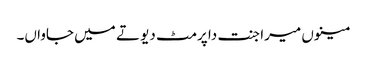
مینوں میرا جنت دا پرمٹ دیو تے میں جاواں۔